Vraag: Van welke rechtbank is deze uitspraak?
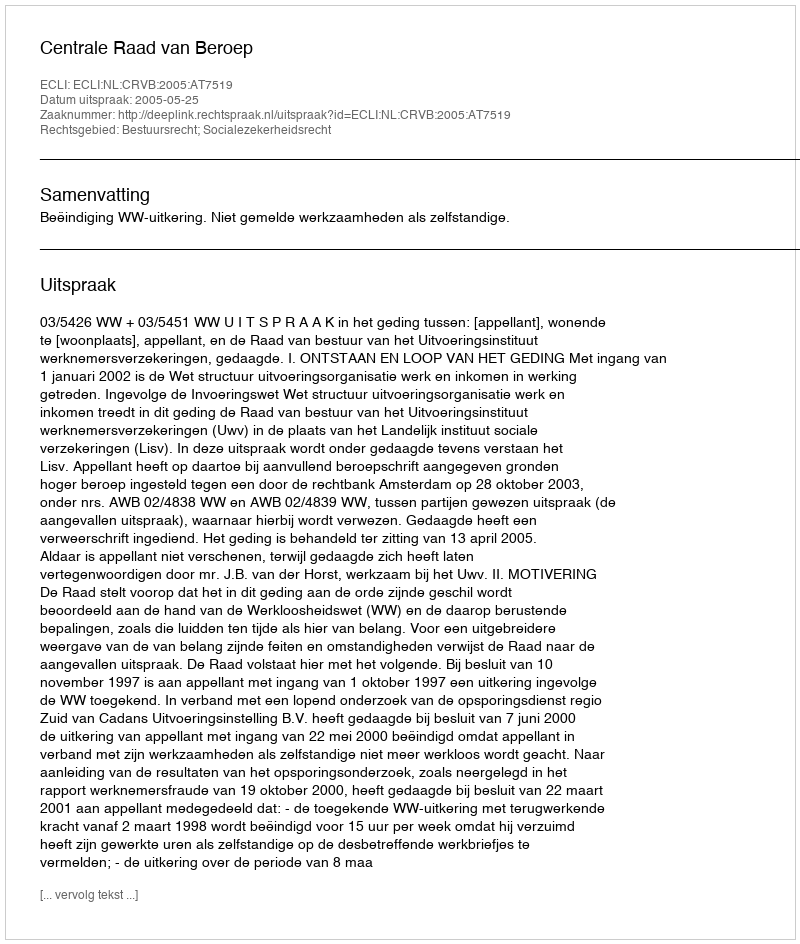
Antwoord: Centrale Raad van Beroep